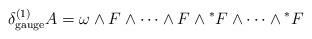
LaTeX: \begin{align*}\delta_\mathrm{gauge}^{(1)} A=\omega\wedge F\wedge\dots\wedge F\wedge {^*F}\wedge\dots\wedge{^*F}\end{align*}